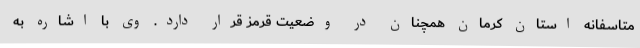
متاسفانه استان کرمان همچنان در وضعیت قرمز قرار دارد. وی با اشاره به